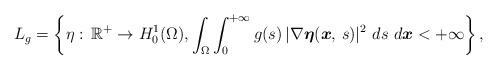
LaTeX: \begin{align*}L_{g} = \left\{\eta:\,\mathbb{R}^{+}\rightarrow H_{0}^{1}(\Omega),\int_{\Omega}\int_{0}^{+\infty}g(s)\,|\nabla\boldsymbol{\eta}(\boldsymbol{x},\,s)|^{2}\ ds\ d\boldsymbol{x}<+\infty\right\},\end{align*}